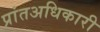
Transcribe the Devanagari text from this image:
प्रांतअधिकारी